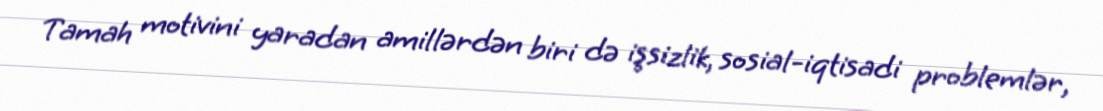
Tamah motivini yaradan amillərdən biri də işsizlik, sosial-iqtisadi problemlər,